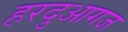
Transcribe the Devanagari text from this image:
हरदुआगज